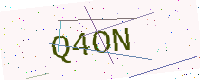
Text: Q4ON